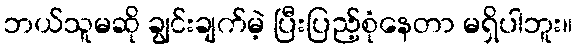
ဘယ်သူမဆို ချွင်းချက်မဲ့ ပြီးပြည့်စုံနေတာ မရှိပါဘူး။